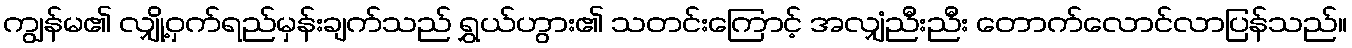
ကျွန်မ၏ လျှို့ဝှက်ရည်မှန်းချက်သည် ရွှယ်ဟွား၏ သတင်းကြောင့် အလျှံညီးညီး တောက်လောင်လာပြန်သည်။